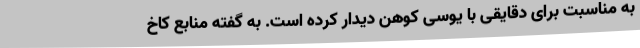
به مناسبت برای دقایقی با یوسی کوهن دیدار کرده است. به گفته منابع کاخ